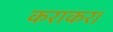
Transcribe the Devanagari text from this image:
कराकर।